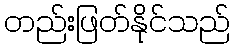
တည်းဖြတ်နိုင်သည်